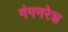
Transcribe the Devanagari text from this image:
गंगनरेश